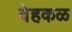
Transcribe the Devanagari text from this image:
वेहकळ